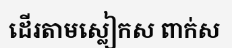
ដើរតាមស្លៀកស ពាក់ស